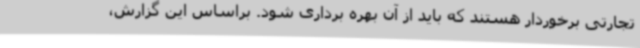
تجارتی برخوردار هستند که باید از آن بهره برداری شود. براساس این گزارش،